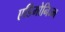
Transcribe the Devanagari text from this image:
एडिमोनिज्म